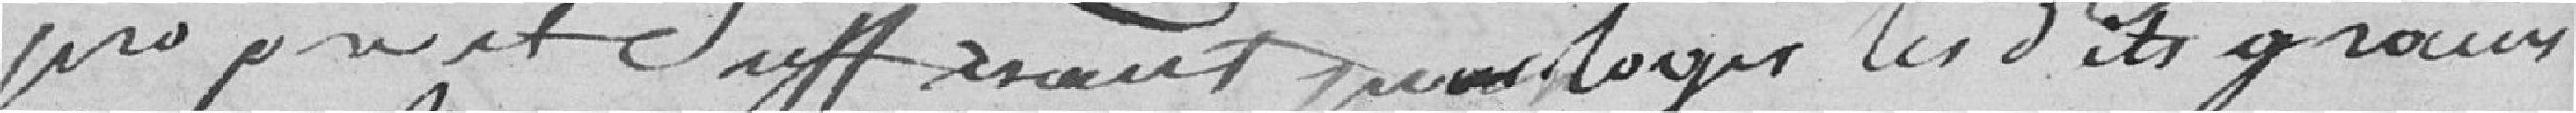
pas pris et suffisant pour loger les dits grains